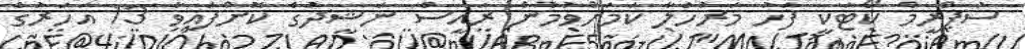
ސުޕްރީމް ކޯޓަކީ ފަހު މަރުހަލާ ކަމަށްވުމުން ރައީސް ނަޝީދުގެ ކޮށްފައިވާ 13 އަހަރުގެ